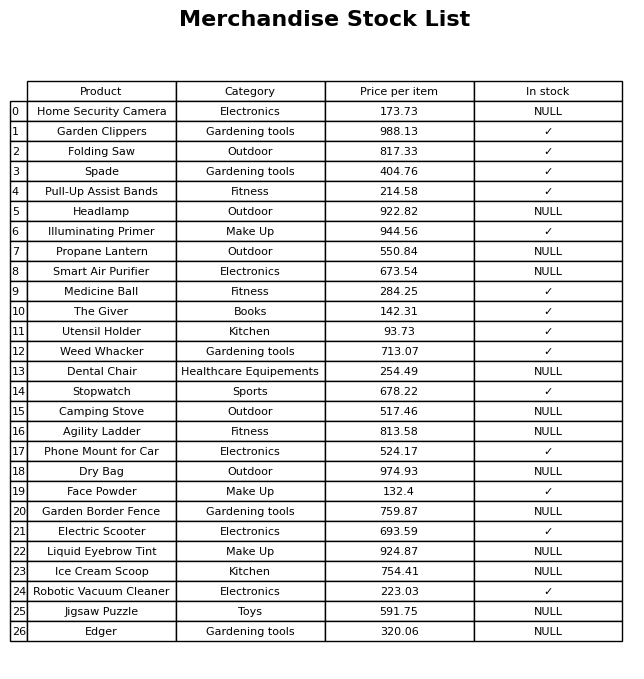
question: What is the stock status of the Dental Chair?
answer: NULL